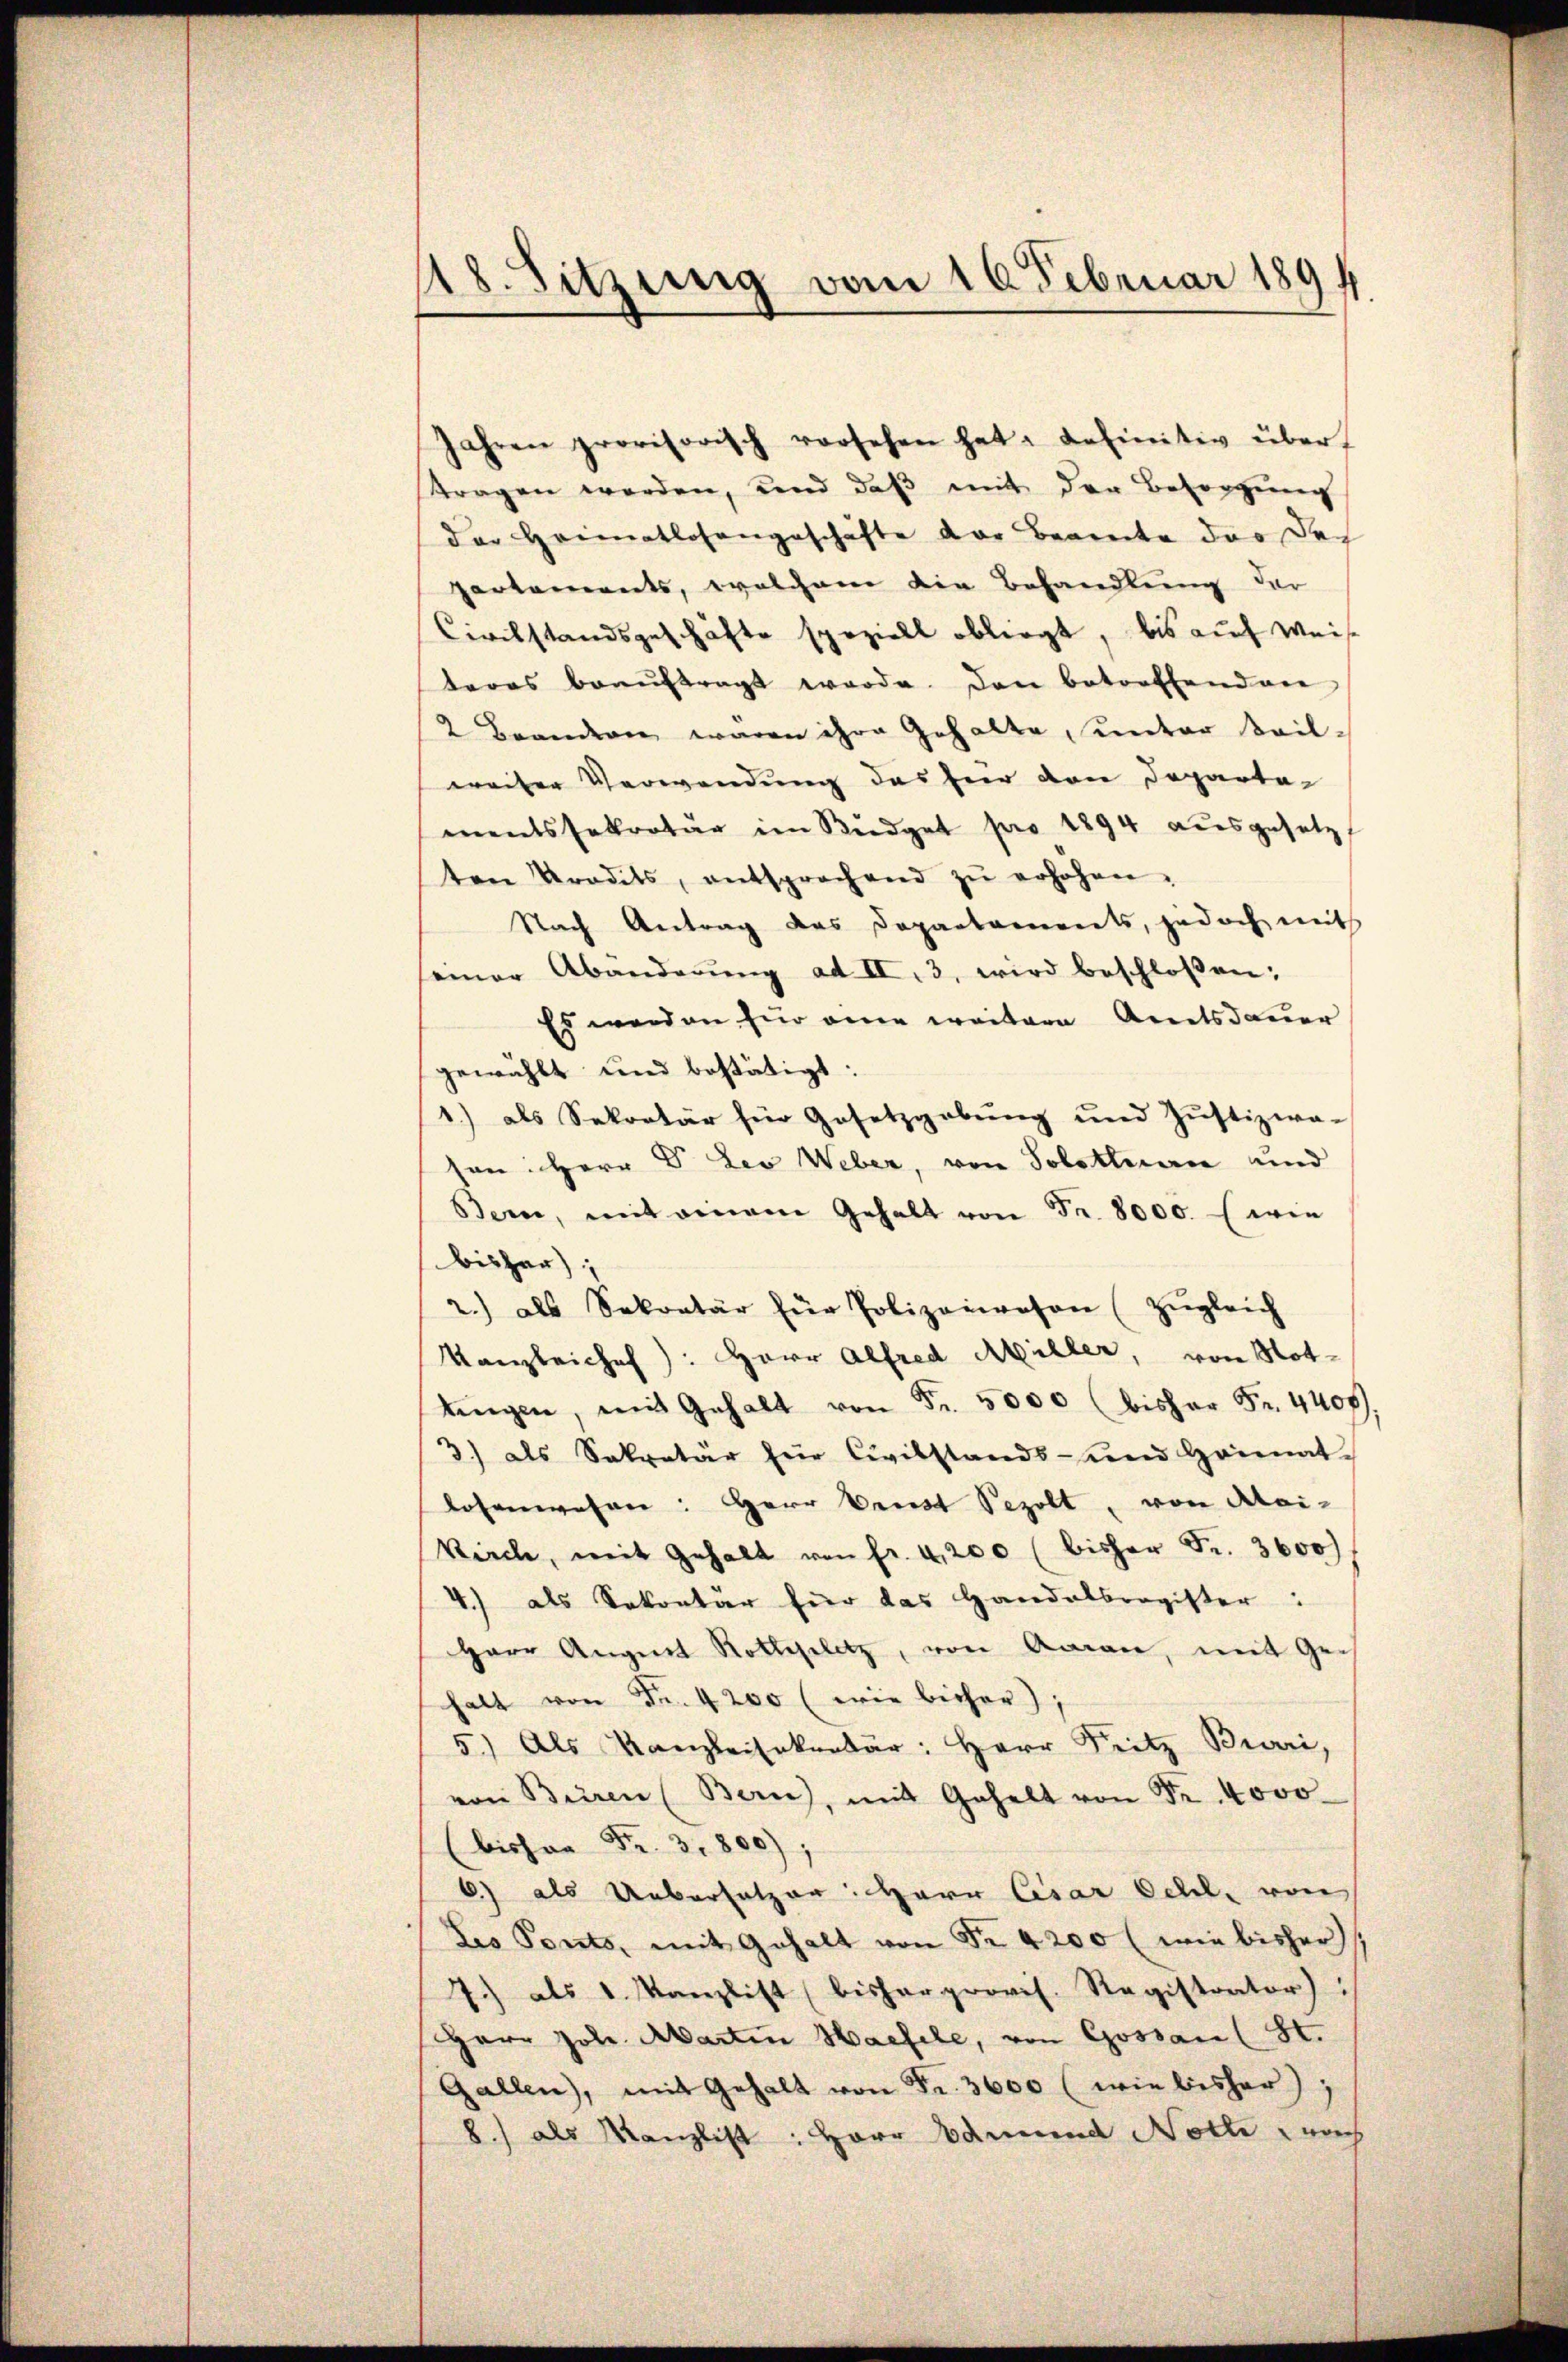
418. Sitzung vom 10 Februar 1894

Jahren provisorisch vorsehen hat. Definitiv über
tragen werden, und daß mit der Besorgung
der Heimatlosengeschäfte der Beamte das der
partements, welchem die Behandlung der
Civilstandsgeschäfte speziell obliegt, bis auch Weise
teres beaŭftragt werde. Den betreffenden
2 Brandern waren ihre Gehalte, unter Teil-
weiser Verwendung des für den Departa-
mentssekretär im Büdget pro 1894 aŭsgesetz
ten Stradits, entsprechend zŭ erhöhen.
Nach Antrag das Departaments, jedoch mit
seiner Abänderŭng ad II, 3. wird beschloßen:
Es werden für eine weitern Amtsdauer
gewählt und bestätigt:
1) als Sekretär für Gesetzgebung und Justizwa-
sen: Herr Dr. Leo Weber, von Solothurn und
Bern, mit einem Gehalt von Fr. 8000. wie
bisher
2.) als Sekretär für Polizeiwesen (Zŭgleich
Kanzleiches): Herr Alfred Müller, von Not-
tingen, mit Gehalt von Fr. 5000 bisher Fr. 4400.
3) als Sekretär für Civilstands- und Heimat-
losenwesen: Herr Verst Pezolt, von Aloi-
Vieche, mit Gehalt von fr. 4,200 (bisher Fr. 3600
4.) als Sekretär für das Handelsregister:
Herr Angnet Rothgelitz, von Aaran, mit Ge-
halt von Fr. 4200 (wie bisher),
5.) Als Kanzleisekretär: Herr Fritz Bieri,
von Bieren (Bern, mit Gehalt von Fr. 4000
(bisher Fr. 3. 800)
6) als Uebersetzer: Herr Cesar Schl. von
Les Ponts, mit Gehalt von Fr. 4200 (wie bisher
7.) als 1. Kanzlist (bisher provis. Registrator)
Herr Joh. Marten Haefele, von Gossan (St.
Gallen), mit Gehalt von Fr. 3600 (wie bisher),
8.) als Kanzlist: Herr Admund Noth nach